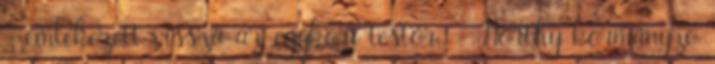
- emlékezett vissza az egykori testőr. - Horthy kormányzó